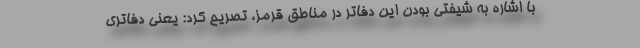
با اشاره به شیفتی بودن این دفاتر در مناطق قرمز، تصریح کرد: یعنی دفاتری